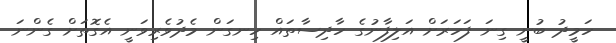
ހަމީދު ބުނީ ގިނަ ފަހަރަށް އަލިފާނުގެ ހާދިސާތައް ހިނގަން މެދުވެރިވަނީ އެގޮތަށް ގެންނަ